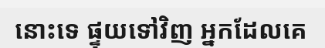
នោះទេ ផ្ទុយទៅវិញ អ្នកដែលគេ